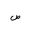
Letter: _sad